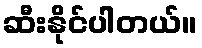
ဆီးနိုင်ပါတယ်။